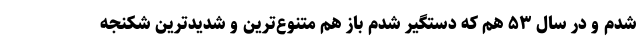
شدم و در سال ۵۳ هم که دستگیر شدم باز هم متنوع‌ترین و شدیدترین شکنجه